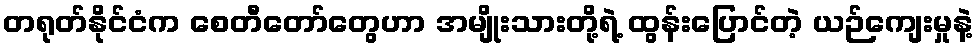
တရုတ်နိုင်ငံက စေတီတော်တွေဟာ အမျိုးသားတို့ရဲ့ ထွန်းပြောင်တဲ့ ယဉ်ကျေးမှုနဲ့